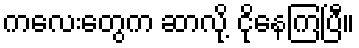
ကလေးတွေက ဆာလို့ ငိုနေကြပြီ။